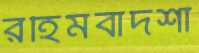
রহিমবাদশা